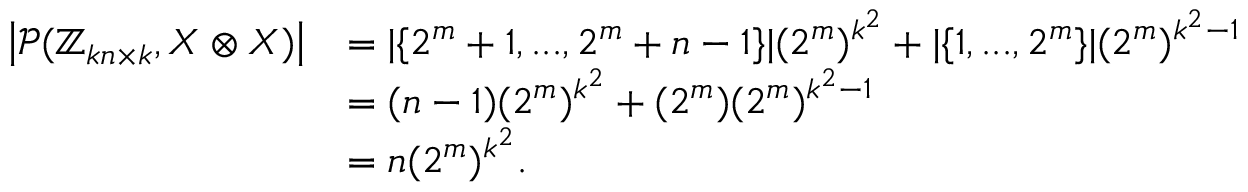
\begin{array} { r l } { \left| \mathcal { P } ( \mathbb { Z } _ { k n \times k } , X \otimes X ) \right| } & { = | \{ 2 ^ { m } + 1 , . . . , 2 ^ { m } + n - 1 \} | ( 2 ^ { m } ) ^ { k ^ { 2 } } + | \{ 1 , . . . , 2 ^ { m } \} | ( 2 ^ { m } ) ^ { k ^ { 2 } - 1 } } \\ & { = ( n - 1 ) ( 2 ^ { m } ) ^ { k ^ { 2 } } + ( 2 ^ { m } ) ( 2 ^ { m } ) ^ { k ^ { 2 } - 1 } } \\ & { = n ( 2 ^ { m } ) ^ { k ^ { 2 } } . } \end{array}